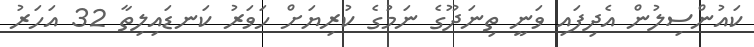
ކައުންސިލުން އެދިފައި ވަނީ ތިނަދޫގެ ނަމުގެ ކުރިޔަށް ހަވަރު ކަނޑައިލިތާ 32 އަހަރު